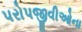
પરોપજીવીઓના